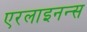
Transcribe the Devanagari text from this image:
एरलाइनन्स